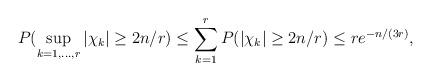
LaTeX: \begin{align*}P( \sup_{k=1,...,r} |\chi_k| \geq 2n/r )&\leq \sum_{k=1}^r P(|\chi_k| \geq 2n/r )\leq r e^{-n/(3r) },\end{align*}